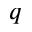
q